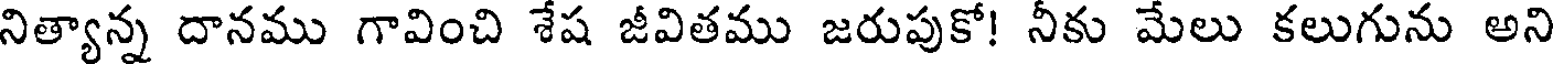
నిత్యాన్న దానము గావించి శేష జీవితము జరుపుకో! నీకు మేలు కలుగును అని